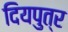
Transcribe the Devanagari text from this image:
दियपुत्र